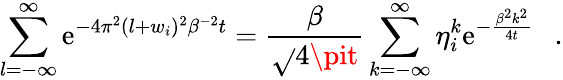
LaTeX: \sum_{l=-\infty}^{\infty}\mathrm{e}^{-4\pi^{2}(l+w_{i})^{2}\beta^{-2}t}={\frac{{\beta}}{{\sqrt{}{{4\pit}}}}}\sum_{k=-\infty}^{\infty}\eta_{i}^{k}\mathrm{e}^{-{\frac{{\beta^{2}k^{2}}}{{4t}}}}~~~.